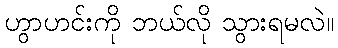
ဟွာဟင်းကို ဘယ်လို သွားရမလဲ။